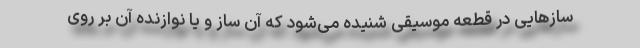
سازهایی در قطعه موسیقی شنیده می‌شود که آن ساز و یا نوازنده آن بر روی